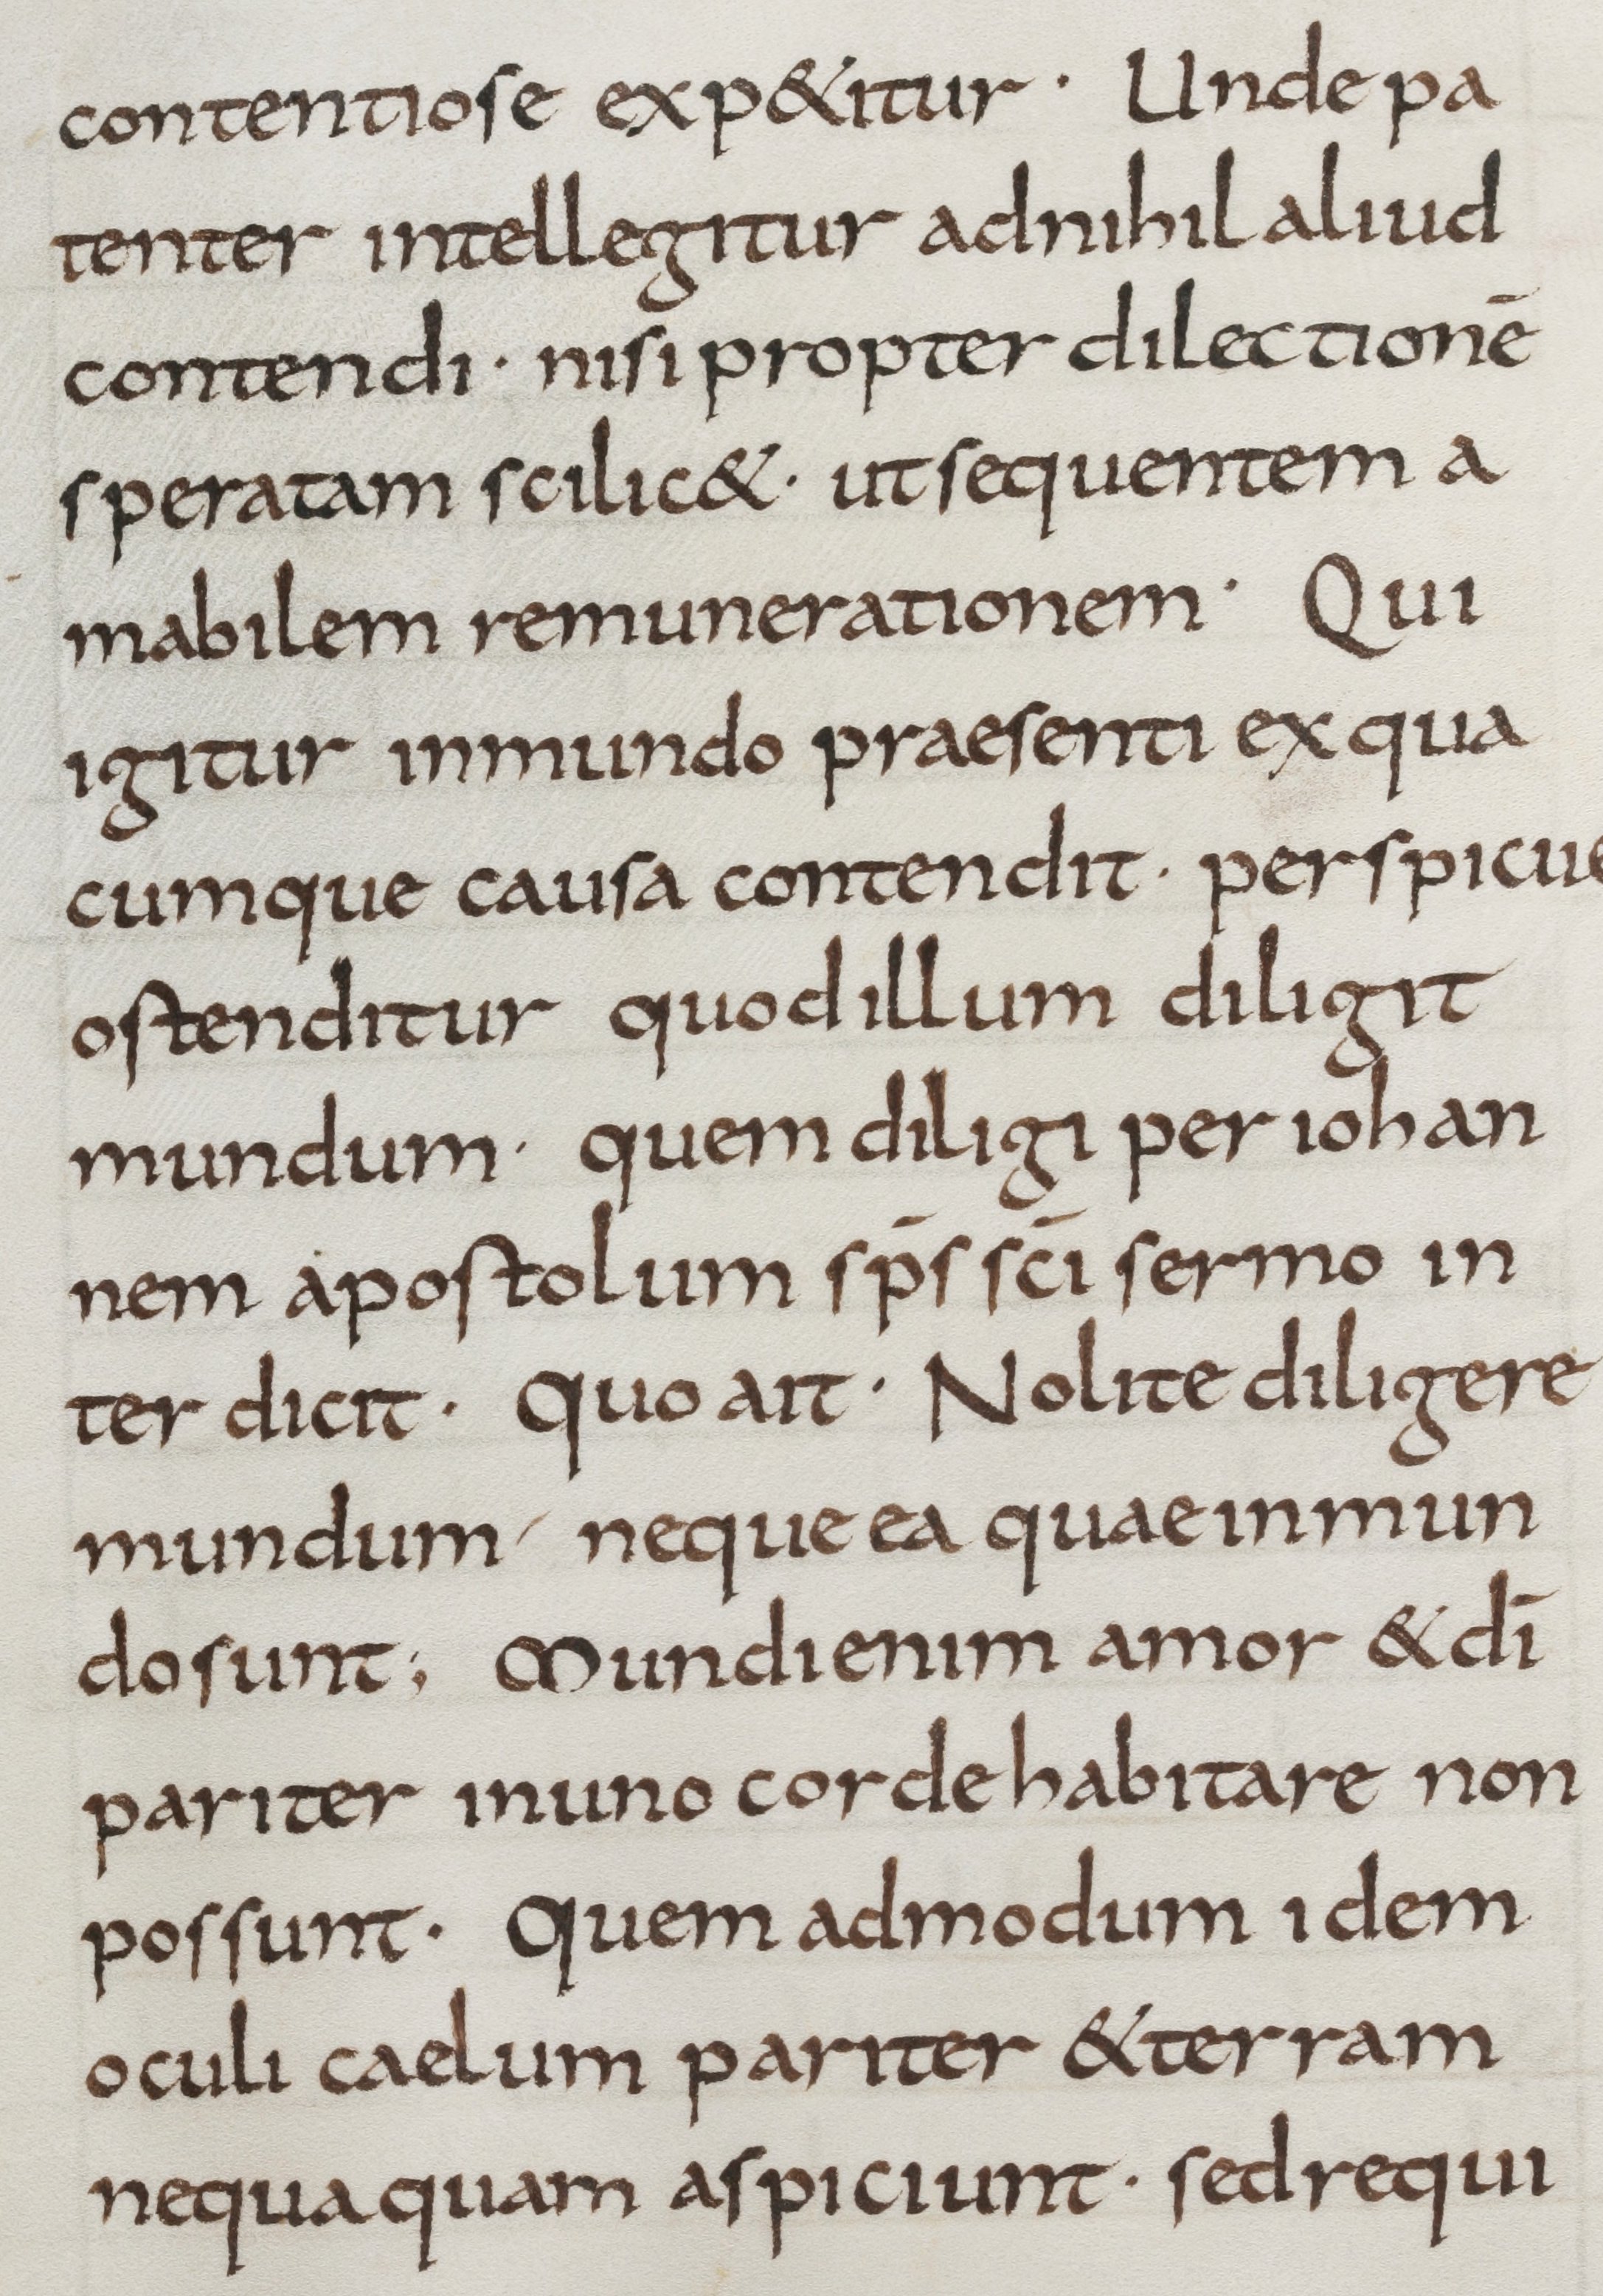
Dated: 800–899